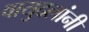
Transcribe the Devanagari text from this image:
वायुदलांनी